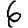
Digit: 6